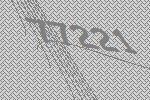
77221